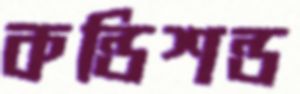
কন্ডিশন্ড